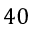
4 0